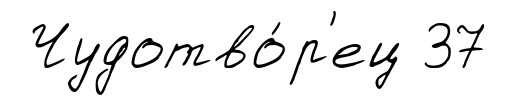
Чудотво́р'ец 37